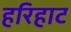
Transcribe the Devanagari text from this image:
हरिहाट